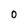
Character: 0